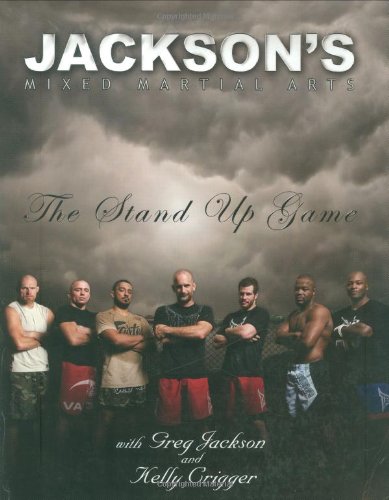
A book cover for Jackson's Mixed Martial Arts: The Stand Up Game; Greg Jackson; Sports & Outdoors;